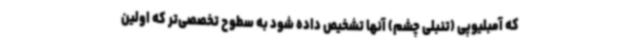
که آمبلیوپی (تنبلی چشم) آنها تشخیص داده شود به سطوح تخصصی‌تر که اولین